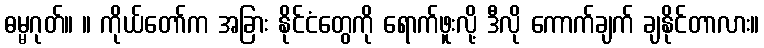
ဓမ္မဂုတ်။ ။ ကိုယ်တော်က အခြား နိုင်ငံတွေကို ရောက်ဖူးလို့ ဒီလို ကောက်ချက် ချနိုင်တာလား။